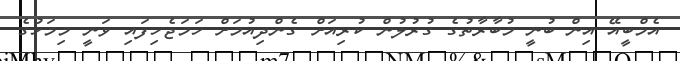
އެމްބީއޭ އިން ބުނީ މުބާރާތުގެ ގުރުލުން ކުރިއަށް ގެންދިއުމަށް ހަމަޖެހިފައި ވަނީ މިމަހުގެ